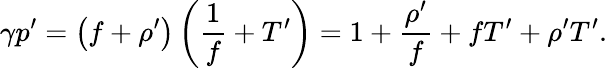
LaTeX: \gamma p^{\prime}=\left(f+\rho^{\prime}\right)\left(\frac{1}{f}+T^{\prime}\right)=1+\frac{\rho^{\prime}}{f}+fT^{\prime}+\rho^{\prime}T^{\prime}.